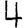
Digit: 4